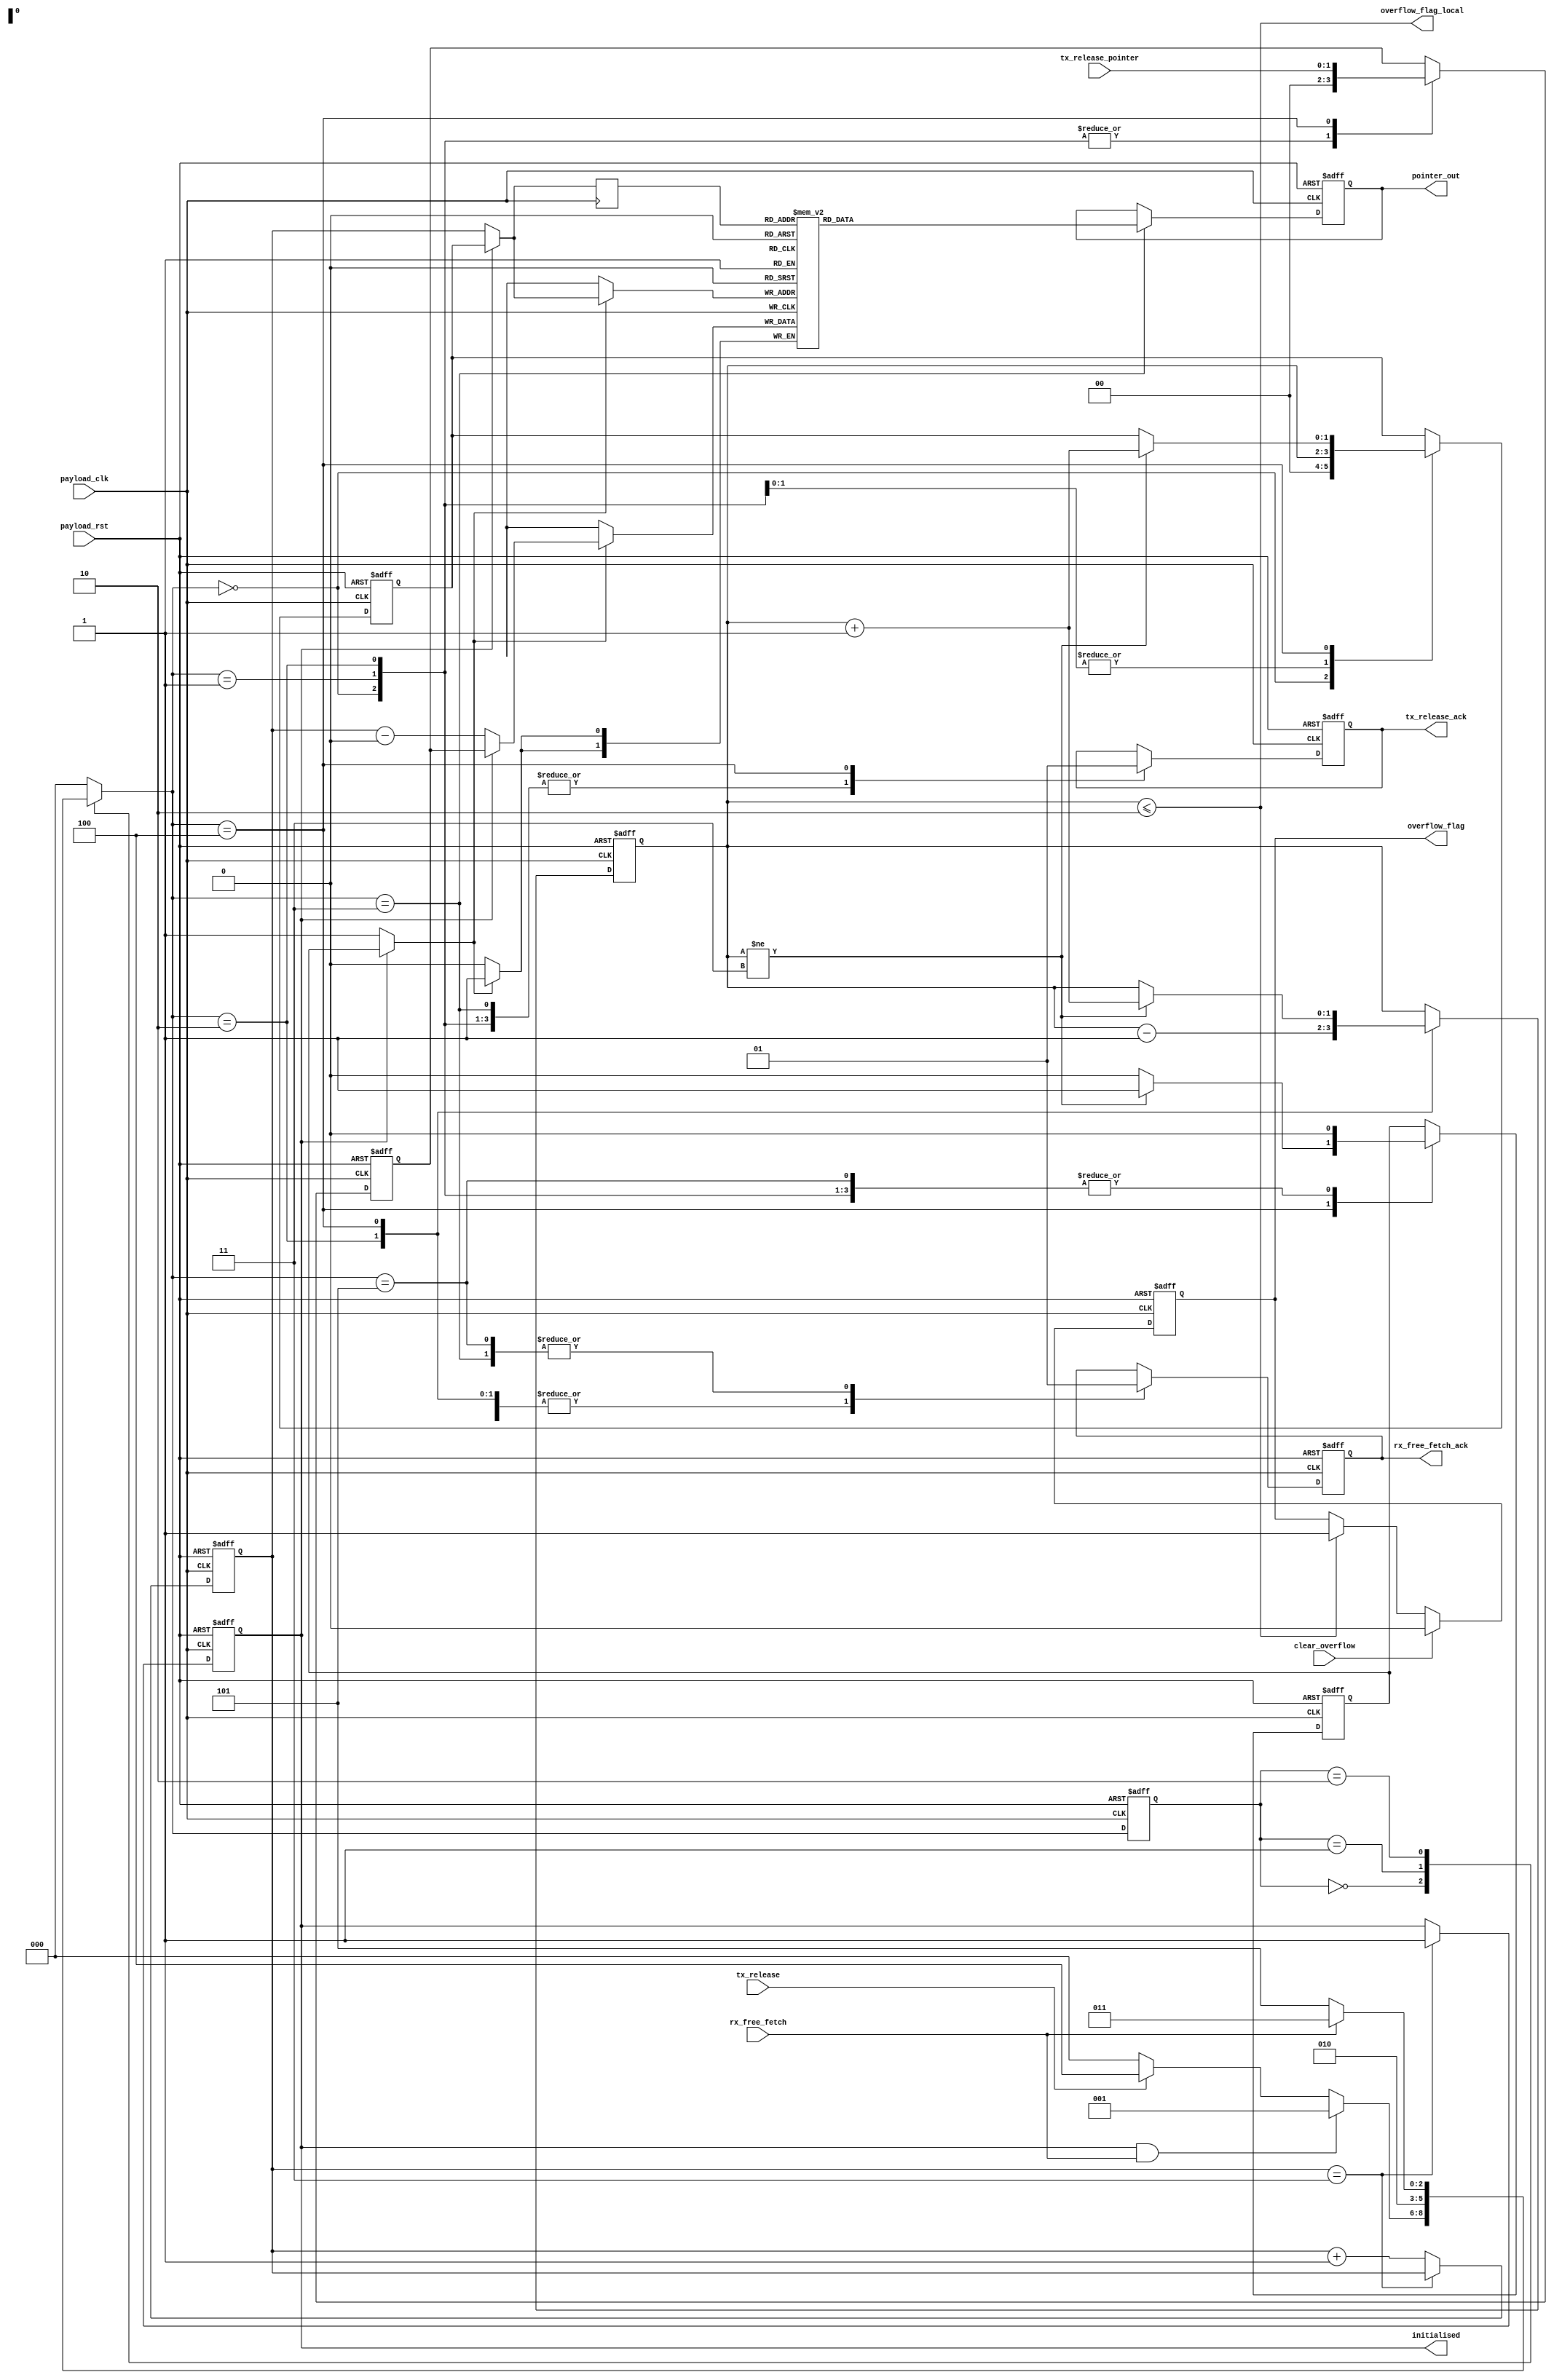

//--------------------------------------------------------------------------------------------------
//--------------------------------------------------------------------------------------------------
// Queue system.
//
// Provides a pool of pointers to free buffers, and implements all receive and transmit queues.
//
// The queues are implemented using a linked list mechanism. The "head" and "tail" pointers and
// current depth for each queue are stored in a RAM. Pointers are linked together in a second
// RAM.
//
// To write a new pointer to a queue:
// - Read current tail pointer and depth for the queue
// - Set tail pointer to new value and increment depth
// - Link previous tail pointer to new pointer
//
// To read a pointer from a queue:
// - Read (and return) current head pointer and depth for the queue
// - Get pointer linked to current head pointer
// - Set head pointer to linked value and decrement depth
//-----------------------------------------------------------------------------------------------------
module udp_ts_rx_buf_control #(
  parameter P_POINTERS                = 4,          // Maximum number of pointers (Frame Buffer entries) supported
  parameter P_POINTER_WIDTH            = 2          // Width of pointer
)(
  input                           payload_clk,
  input                           payload_rst,
  
  output reg [P_POINTER_WIDTH-1:0] pointer_out,            // Pointer returned for fetch or queue transmit
  
  input                           rx_free_fetch,         // Free buffer fetch request from Ethernet system (hold until ack seen)
  output reg                      rx_free_fetch_ack,     // Ack - asserted to validate pointer_out
  
  input                           tx_release,            // Buffer release from tx system (hold until ack seen)
  input      [P_POINTER_WIDTH-1:0] tx_release_pointer,    // Release pointer
  output reg                      tx_release_ack,        // Ack - asserted to acknowledge release
  
  output wire                     overflow_flag_local, 
  
  output wire                     initialised,
  output reg                      overflow_flag ,
  input                           clear_overflow  
 
);
//--------------------------------------------------------------------------------------------------
// Local parameters
//--------------------------------------------------------------------------------------------------

function integer alt_clogb2;
  input [31:0] value;
  integer i;
  begin
    alt_clogb2 = 32;
    for (i=31; i>0; i=i-1) begin
      if (2**i>=value)
        alt_clogb2 = i;
    end
  end
endfunction

// Derived parameters
localparam P_FREE_LIST_BASE          = 0;
localparam P_FREE_LIST_TOP           = P_POINTERS - 1;
localparam P_CONFIG_RAM_WIDTH        = P_POINTER_WIDTH;
localparam P_CONFIG_RAM_ADDR_WIDTH   = alt_clogb2(P_POINTERS);


// RAM control and initialisation signals
reg  [P_CONFIG_RAM_WIDTH-1:0]       config_ram [P_POINTERS-1:0];
reg                                 config_ram_write_enable;
reg  [P_CONFIG_RAM_ADDR_WIDTH-1:0]  config_ram_address;
reg  [P_CONFIG_RAM_ADDR_WIDTH-1:0]  config_ram_read_address;
reg  [P_CONFIG_RAM_WIDTH-1:0]       config_ram_write_data;
wire [P_CONFIG_RAM_WIDTH-1:0]       config_ram_read_data;
reg                                 config_ram_muxed_write_enable;
reg  [P_CONFIG_RAM_ADDR_WIDTH-1:0]  config_ram_muxed_address;
reg  [P_CONFIG_RAM_WIDTH-1:0]       config_ram_muxed_write_data;
reg                                 config_ram_initialised;
reg  [P_CONFIG_RAM_ADDR_WIDTH-1:0]  config_ram_init_address;
reg  [P_CONFIG_RAM_WIDTH-1:0]       config_ram_init_data;
//--------------------------------------------------------------------------------------------------
// Control state machine
//
// IDLE
// REGISTER_CHANNEL  - Calculates channel index and writes it into local storage.
// ADD_GET_STATUS_WAIT,
// ADD_GET_STATUS    - Reads the current status of the channel from RAM.
// ADD_FREE_LIST_POP_WAIT,
// ADD_FREE_LIST_POP - Pop a buffer from the free list for storing packets for this channel.
// ADD_UPDATE_STATUS - Save the buffer index and packet count for this channel to RAM.
// CLEAR_CHANNEL     - Clears this channel so that a new buffer will be allocated for the next packet.
// FREE_LIST_PUSH    - Pushes an element onto the free-list.
// ERROR_FREE_LIST_PUSH - Pushed an element to the free list during back-off.
// ABORT             - Aborts push if the free list is empty.
//--------------------------------------------------------------------------------------------------
// State enumeration
localparam P_STATE_WIDTH = 3;
localparam P_STATE_IDLE                    = 3'd0;
localparam P_STATE_ADD_FREE_LIST_POP_WAIT  = 3'd1;
localparam P_STATE_ADD_FREE_LIST_POP       = 3'd2;
localparam P_STATE_ADD_UPDATE_STATUS       = 3'd3;
localparam P_STATE_FREE_LIST_PUSH          = 3'd4;
localparam P_STATE_ABORT                   = 3'd5;
// State variables
reg [P_STATE_WIDTH-1:0] current_state;
reg [P_STATE_WIDTH-1:0] next_state;
//------------------
// Next state logic
//------------------
always @*
begin
   casez(current_state)
      P_STATE_IDLE:
      begin
         if(config_ram_initialised && (rx_free_fetch ))
         begin
            next_state = P_STATE_ADD_FREE_LIST_POP_WAIT ;
         end
         else if(tx_release)
         begin
            next_state = P_STATE_FREE_LIST_PUSH;
         end
         else
         begin
            next_state = P_STATE_IDLE;
         end
      end


      P_STATE_ADD_FREE_LIST_POP_WAIT:
      begin
         next_state = P_STATE_ADD_FREE_LIST_POP;
      end

      P_STATE_ADD_FREE_LIST_POP:
      begin
         if(!rx_free_fetch)
         begin
           next_state = P_STATE_ABORT;
            //$display("ERROR: Invalid control signals (%m, %t)", $time);
         end
        else begin
          next_state = P_STATE_ADD_UPDATE_STATUS;
        end
      end

      P_STATE_ADD_UPDATE_STATUS:
      begin
        next_state = P_STATE_IDLE;
      end

      P_STATE_FREE_LIST_PUSH:
      begin
         next_state = P_STATE_IDLE;
      end

      P_STATE_ABORT:
      begin
         next_state = P_STATE_IDLE;
      end

      default:
      begin
         if(!payload_rst)
         begin
            //$display("ERROR: Illegal state entered (%m, %t)", $time);
         end

         next_state = P_STATE_IDLE;
      end
   endcase
end


//-----------------
// State registers
//-----------------
always @(posedge payload_clk or posedge payload_rst)
begin
   if(payload_rst)
   begin
      current_state <= P_STATE_IDLE;
   end
   else
   begin
      current_state <= next_state;
   end
end


//-------------------
// Output generation
//-------------------
// The head of the free list
reg  [P_CONFIG_RAM_ADDR_WIDTH-1:0]  free_list_head;
// Registered outputs
always @(posedge payload_clk or posedge payload_rst)
begin :OUTPUT_GEN
   //reg overflow_flag_local;

   if(payload_rst)
   begin
      rx_free_fetch_ack          <= 0;
      tx_release_ack             <= 0;
      pointer_out                <= 0;
      free_list_head             <= P_FREE_LIST_TOP;
      overflow_flag              <= 0;
      config_ram_write_enable    <= 0;
      config_ram_address         <= 0;
      config_ram_write_data      <= 0;
   end
   else
   begin
      //overflow_flag_local <= 1'b0;

      casez(next_state)
         P_STATE_IDLE:
         begin
            rx_free_fetch_ack          <= 0;
            tx_release_ack             <= 0;
            config_ram_write_enable    <= 0;
            config_ram_address         <= 0;
            config_ram_write_data      <= 0;
         end
         P_STATE_ADD_FREE_LIST_POP_WAIT:
         begin
            rx_free_fetch_ack          <= 0;
            tx_release_ack             <= 0;
            config_ram_write_enable    <= 0;
            config_ram_address         <= free_list_head;
            config_ram_write_data      <= 0;
         end

         P_STATE_ADD_FREE_LIST_POP:
         begin
            rx_free_fetch_ack          <= 0;
            tx_release_ack             <= 0;

            config_ram_write_enable    <= 0;
            config_ram_address         <= free_list_head;
            config_ram_write_data      <= 0;

            if(free_list_head != (P_FREE_LIST_BASE-1))
			  //if(free_list_head != (P_FREE_LIST_BASE))
            begin
               free_list_head <= free_list_head - 1;
            end
            else
            begin
               $display("Warning: Pop from empty free list (%m, %t)", $time);
              // overflow_flag_local <= 1;
            end
         end

         P_STATE_ADD_UPDATE_STATUS:
         begin
            rx_free_fetch_ack <= 1;
            tx_release_ack    <= 0;
            pointer_out    <= config_ram_read_data[P_POINTER_WIDTH-1:0];
         end
         P_STATE_FREE_LIST_PUSH:
         begin
            rx_free_fetch_ack              <= 0;
            tx_release_ack     <= 1;
            config_ram_write_data      <= tx_release_pointer;

            if(free_list_head != P_FREE_LIST_TOP)
            begin
               free_list_head          <= free_list_head + 1;
               config_ram_address      <= free_list_head + 1;
               config_ram_write_enable <= 1;
            end
            else
            begin
               //$display("ERROR: Push to full free list (%m, %t)", $time);
               config_ram_write_enable <= 0;
            end
         end
         P_STATE_ABORT:
         begin
            rx_free_fetch_ack          <= 1;
            config_ram_write_enable    <= 0;
         end
         default:;
      endcase

      if(clear_overflow)
      begin
         overflow_flag <= 0;
      end
      else if(overflow_flag_local)
      begin
         overflow_flag <= 1;
      end
   end
end

assign overflow_flag_local=(free_list_head <= 2);
assign initialised = config_ram_initialised;


//--------------------------------------------------------------------------------------------------
// Infer a single port RAM
//--------------------------------------------------------------------------------------------------
always @(posedge payload_clk)
begin
   if(config_ram_muxed_write_enable)
   begin
      config_ram[config_ram_muxed_address] <= config_ram_muxed_write_data;
   end
   config_ram_read_address <= config_ram_muxed_address;
end


assign config_ram_read_data = config_ram[config_ram_read_address];


//--------------------------------------------------------------------------------------------------
// RAM Initialisation engine
//--------------------------------------------------------------------------------------------------
always @(posedge payload_clk or posedge payload_rst)
begin
   if(payload_rst)
   begin
      config_ram_init_address  <= 0;
      config_ram_initialised   <= 0;
   end
   else
   begin
      if(config_ram_init_address == P_FREE_LIST_TOP)
      begin
         config_ram_initialised  <= 1;
      end
      else begin
         config_ram_init_address <= config_ram_init_address + 1;
      end
   end
end

always @*
begin
  config_ram_init_data = config_ram_init_address - P_FREE_LIST_BASE;
end


// Ram control multiplexor
always @*
begin
   if(!config_ram_initialised)
   begin
      config_ram_muxed_write_enable = 1;
      config_ram_muxed_address      = config_ram_init_address;
      config_ram_muxed_write_data   = config_ram_init_data;
   end
   else
   begin
      config_ram_muxed_write_enable = config_ram_write_enable;
      config_ram_muxed_address      = config_ram_address;
      config_ram_muxed_write_data   = config_ram_write_data;
   end
end

endmodule